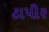
ટાપીર